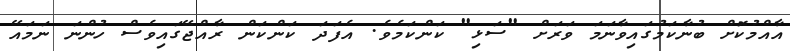
އާއްމުކޮށް ބުނާކަމުގައިވާނަމަ ވަރަށް "ސަޅި" ކަންކަމެވެ. އެފަދަ ކަންކަން ރާއްޖޭގައިވެސް ހުންނަ ނަމައޭ